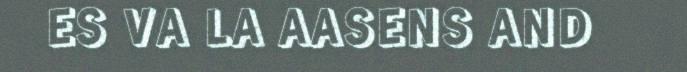
ES VA LA AASENS AND